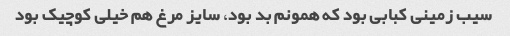
سیب زمینی کبابی بود که همونم بد بود، سایز مرغ هم خیلی کوچیک بود